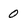
Character: 0